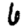
Digit: 6